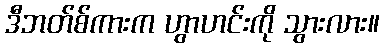
ဒီဘတ်စ်ကားက ဟွာဟင်းကို သွားလား။